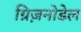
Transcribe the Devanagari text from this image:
ग्रिज़नोडेल